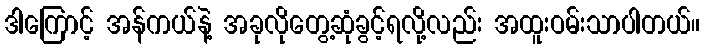
ဒါကြောင့် အန်ကယ်နဲ့ အခုလိုတွေ့ဆုံခွင့်ရလို့လည်း အထူးဝမ်းသာပါတယ်။